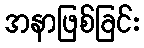
အနာဖြစ်ခြင်း